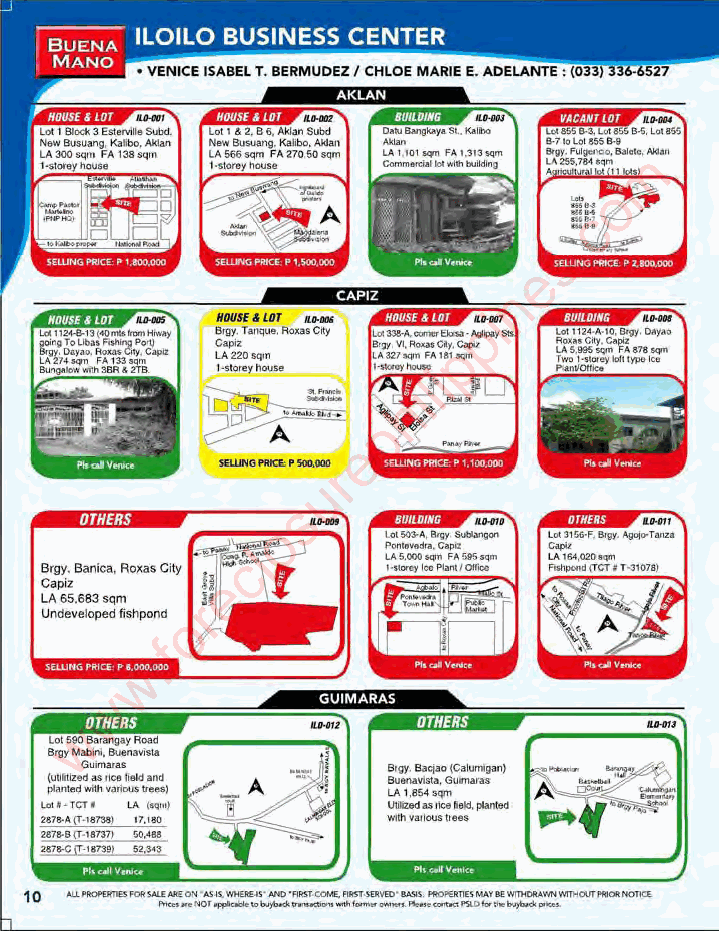
m
 o
 c
 .
 s
 >£lli«INK:r • , __
 e
 n
 i
 ,1I(-JiJ$l410r ._ p
 &",.T_ .fIou.C. .
 p
 ~'.-=.0­,_
 i
 l
 i
 i...- .... - h
 ~      =
 D         p
 e
 r
 u         ._.
 s
 -
 o      ' .. ..".A,a....r......-.. .- ....
 l        "_'.'., C....o oIE
 c        ,.-.,."",...,.,,.,.
 Brgy. BaI1ica. Ro.as City
 e
 Ca~
 LA 65.683 sqm r
 UruIe.eloped fisllpond o
 f
 .
 w
 w
 wOTHERS
 lLIrolCly5MGO_~._y"_"
 G....,.... ." ""'.M  BoW. ~ (C.Io.mgon)
 l_""otIz _.. as t.I.".o. ..... h ....1 Buorwo ....., ~..a. s
 v.'.~""",
 ~,-               .U..I.II.l.o..d "»" tI':":o -. pIorMcI
 ...
 ...
 """
 Pkcoll ••" "              ~.
 _K.. ·_ ·_'o:<dO.-. ........ ·. .... ..... ..
 '0 .u.-.-.<• ..,. ...... _""· ..... -.rJ<. ..., .. "'. ......" """"""'-....,..,.
 -.~"""- -.-----~....,  -~ ,